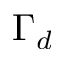
\Gamma _ { d }